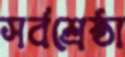
সর্বশ্রেষ্ঠা